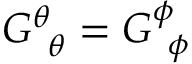
G _ { \, \, \, \theta } ^ { \theta } = G _ { \, \, \, \phi } ^ { \phi }